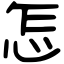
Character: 怎